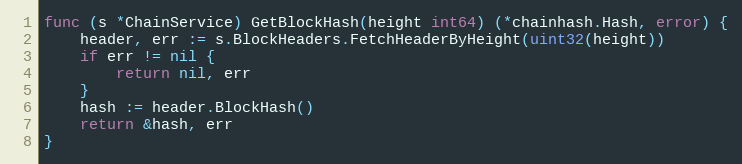
Language: Go
func (s *ChainService) GetBlockHash(height int64) (*chainhash.Hash, error) {
	header, err := s.BlockHeaders.FetchHeaderByHeight(uint32(height))
	if err != nil {
		return nil, err
	}
	hash := header.BlockHash()
	return &hash, err
}